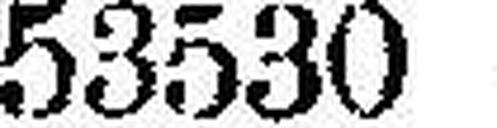
53530